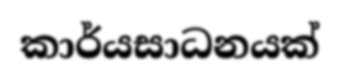
කාර්යසාධනයක්